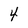
Character: 4